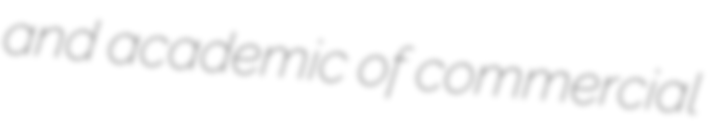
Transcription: and academic of commercial